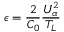
\epsilon = \frac { 2 } { C _ { 0 } } \frac { U _ { \alpha } ^ { 2 } } { T _ { L } }